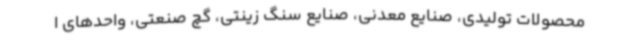
محصولات تولیدی، صنایع معدنی، صنایع سنگ زینتی، گچ صنعتی، واحدهای ا